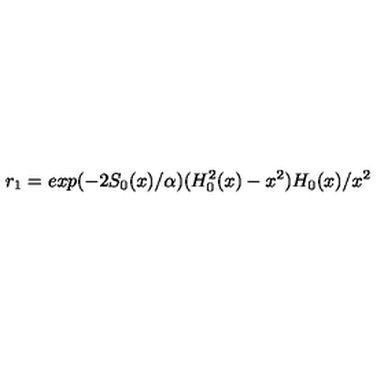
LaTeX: r _ { 1 } = e x p ( - 2 S _ { 0 } ( x ) / \alpha ) ( H _ { 0 } ^ { 2 } ( x ) - x ^ { 2 } ) H _ { 0 } ( x ) / x ^ { 2 }